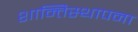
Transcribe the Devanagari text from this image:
शान्तिस्थापना